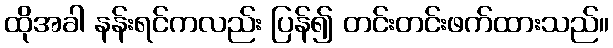
ထိုအခါ နန်းရင်ကလည်း ပြန်၍ တင်းတင်းဖက်ထားသည်။